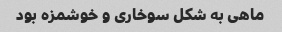
ماهی به شکل سوخاری و خوشمزه بود